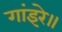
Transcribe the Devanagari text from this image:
गांइरे॥